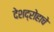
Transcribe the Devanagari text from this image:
देशद्रोहाचे